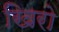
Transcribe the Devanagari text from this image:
खिरो